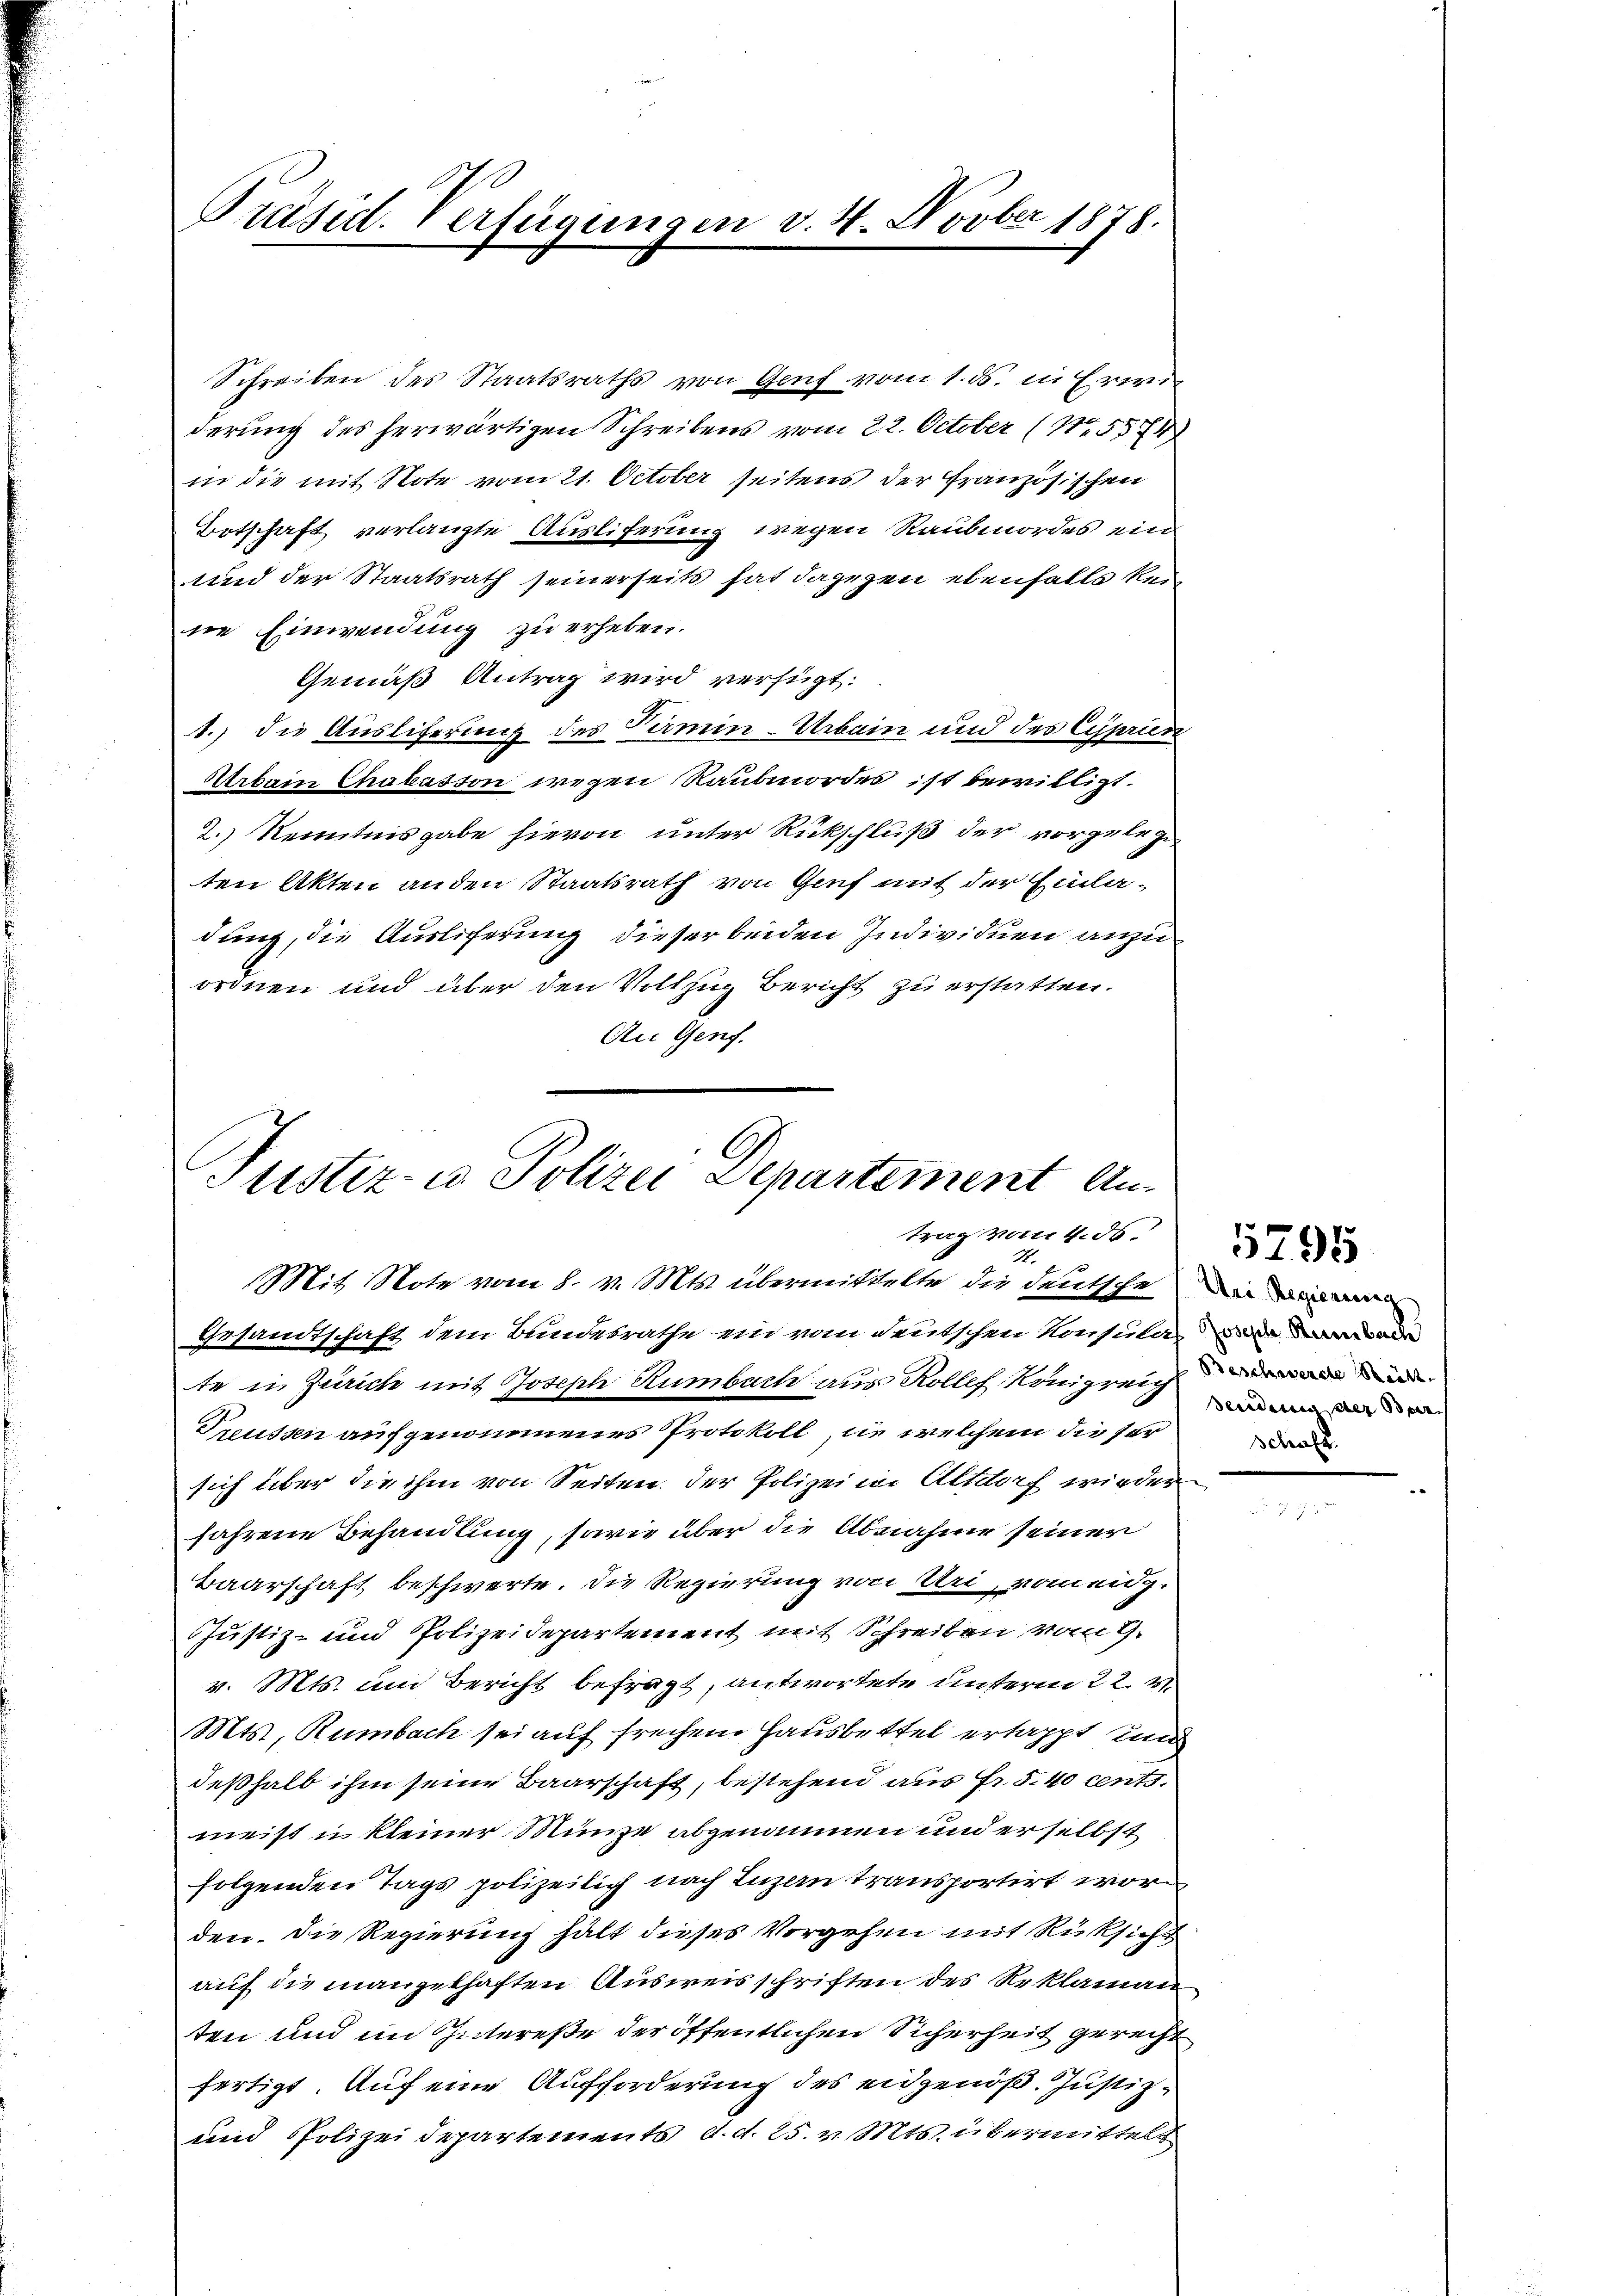
Präsid. Verfügungen v. 4. Novber 1878.

Schreiben des Staatsraths von Genf vom 1. ds. in Erwiderung des herwärtigen Schreibens vom 22. October (1537
in die mit Note vom 21. October seitens der Französischen
Betschaft verlangte Ausliferung wegen Raubmordes ein
und der Staatsrath seinerseits hat dagegen ebenfalls kei
ne Einwendung zu erheben.
Gemäß Antrag wird verfügt:
1.) die Ausliferung des Termin-Urbain und des Ciprien
Urbain Chabasson wegen Raubmordes ist bewilligt.
2.) Kenntnisgabe hievon unter Rückschluß der vorgelegt
ten Akten anden Staatsrath von Genf mit der Einladung, die Auslieferung dieser beiden Individuen anzuordnen und über den Vollzug Bericht zu erstatten.
An Genf.

Justiz- u. Polizei Departement Antrag vom 4. ds.
2
Mit Note vom 8. v. Mts. übermittelte die deutsche die ein

Gesandtschaft dem Bundesrathe ein vom deutschen Konsulamar
te in Zürich mit Joseph Rumbach aus Rolle Königreich
Treussen aufgenommenes Protokoll, die welchem die ser
sich über die ihm von Seiten der Polizei in Altdorf wieder
fahrene Behandlung, sowie über die Abnahme seiner
Baarschaft beschwerte. Die Regierung von Uri, vom eidg.
Justiz- und Polizeidepartement mit Schreiben vom 9.
v. Mts. und Bericht befragt, antwortete unterm 22. v.
Mts, Rumbach sei auf frechen Hausbettel ertappt und
deßhalb ihm seine Baarschaft, bestehend aus Fr. 5.40 cents.
meist u. kleiner Münze abgenommen und erselbst
folgenden Tags polizeilich nach Luzern transportirt wor
den. Die Regierung hält dieses Vorgehen mit Rücksicht
auf die mangelhaften Ausweisschriften des Reklaman
ten und im Intereße der öffentlichen Sicherheit gerecht
fertigt. Auf eine Aufforderung des eidgenöß. Justiz¬
und Polizeidepartements d. d. 25. v. Mts. übermittels

Sendung der Ber
Schraft

5795